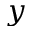
y